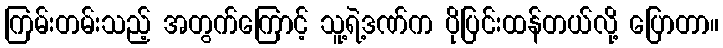
ကြမ်းတမ်းသည့် အတွက်ကြောင့် သူ့ရဲ့ဒဏ်က ပိုပြင်းထန်တယ်လို့ ပြောတာ။